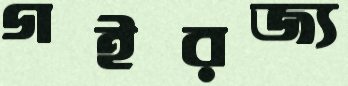
গইরজ্য